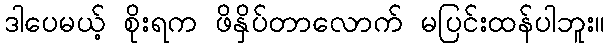
ဒါပေမယ့် စိုးရက ဖိနှိပ်တာလောက် မပြင်းထန်ပါဘူး။